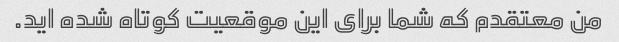
من معتقدم که شما برای این موقعیت کوتاه شده اید.